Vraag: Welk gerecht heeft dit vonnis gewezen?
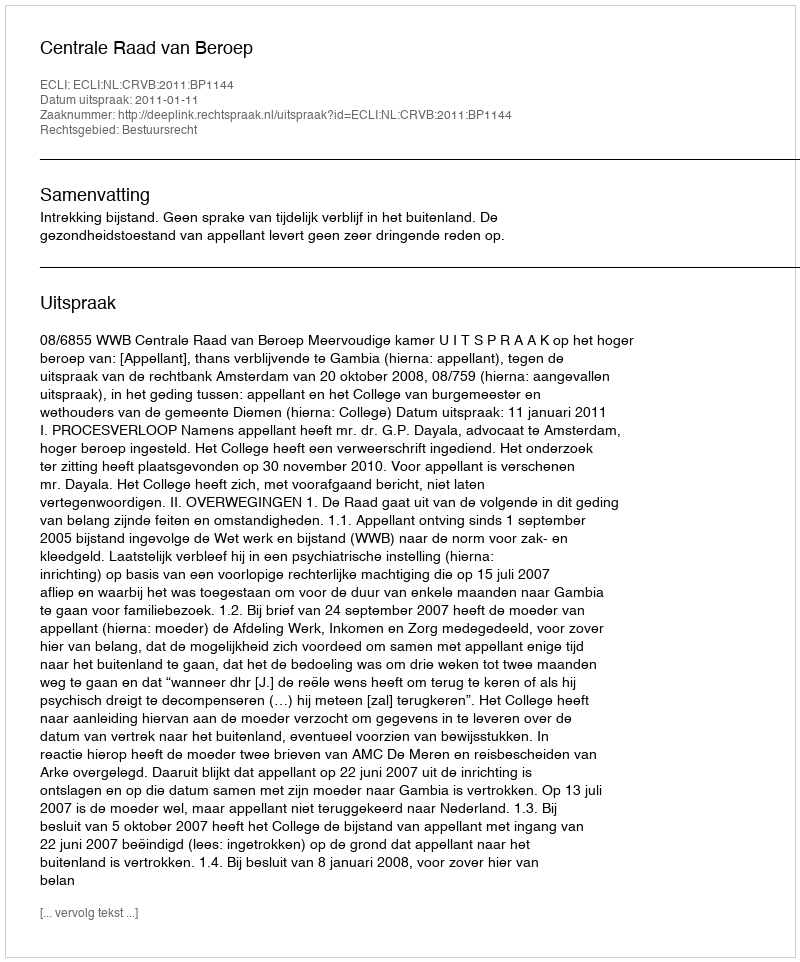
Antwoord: Centrale Raad van Beroep